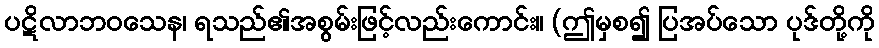
ပဋိလာဘဝသေန၊ ရသည်၏အစွမ်းဖြင့်လည်းကောင်း။ (ဤမှစ၍ ပြအပ်သော ပုဒ်တို့ကို